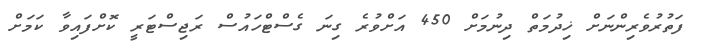
ފަތުރުވެރިންނަށް ޚިދުމަތް ދިނުމަށް 450 އަށްވުރެ ގިނަ ގެސްޓްހައުސް ރަޖިސްޓަރީ ކޮށްފައިވާ ކަމަށް